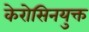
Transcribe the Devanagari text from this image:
केरोसिनयुक्त